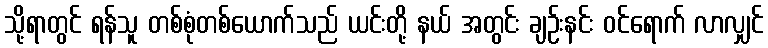
သို့ရာတွင် ရန်သူ တစ်စုံတစ်ယောက်သည် ယင်းတို့ နယ် အတွင်း ချဉ်းနင်း ဝင်ရောက် လာလျှင်